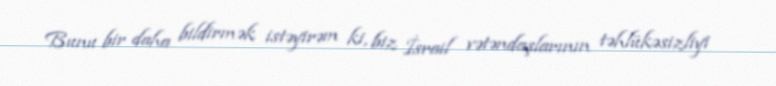
Bunu bir daha bildirmək istəyirəm ki, biz İsrail vətəndaşlarının təhlükəsizliyi